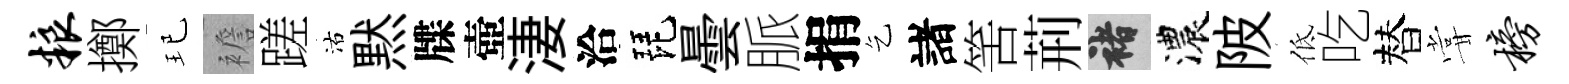
粮擲玘襜蹉沽黙牒壺淒洽琵曇脈捐乞諸筈荊褚濃陂低吃替甞榜